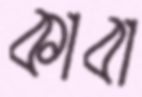
কাবা